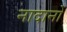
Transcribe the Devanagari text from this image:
नादानों